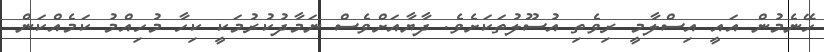
ހޭނެމުން އައީ އިސްލާމީ ރިވެތި އުސޫލުތަކަށެވެ. ދާޔާއަށްވެސް ނަމާދުކުރުމަކީ ކިހާ މުހިއްމު ކަމެއްކަން